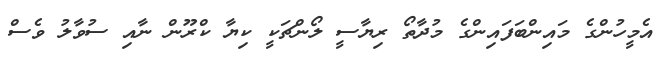
އެމީހުންގެ މައިންބަފައިންގެ މުދާތޯ ރިޔާސީ ލޯންޗަކީ ކިޔާ ކްރޫން ނާއި ސުވާލު ވެސް